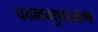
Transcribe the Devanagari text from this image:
पवनमुक्तसन